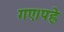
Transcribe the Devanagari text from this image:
गए।पह्ले